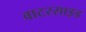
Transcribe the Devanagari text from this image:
वाटरसाइड